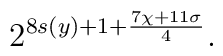
2^{8s(y) + 1+ \frac{7\chi+11\sigma}{4}}.